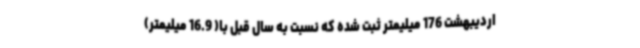
اردیبهشت 176 میلیمتر ثبت شده که نسبت به سال قبل با( 16.9 میلیمتر)